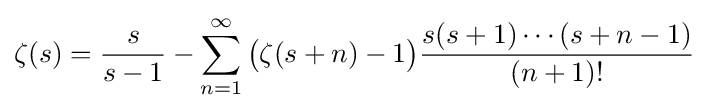
\zeta (s)={\frac {s}{s-1}}-\sum _{n=1}^{\infty }{\bigl (}\zeta (s+n)-1{\bigr )}{\frac {s(s+1)\cdots (s+n-1)}{(n+1)!}}